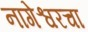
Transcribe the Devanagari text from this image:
नागेश्वरचा